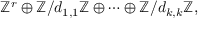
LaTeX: \mathbb { Z } ^ { r } \oplus \mathbb { Z } / d _ { 1 , 1 } \mathbb { Z } \oplus \cdots \oplus \mathbb { Z } / d _ { k , k } \mathbb { Z } ,